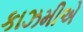
કાઝમીએ